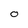
Character: O